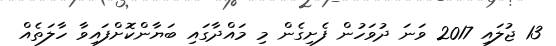
13 ޖުލައި 2017 ވަނަ ދުވަހުން ފެށިގެން މި މައްދާގައި ބަޔާންކޮށްފައިވާ ހާލަތެއް